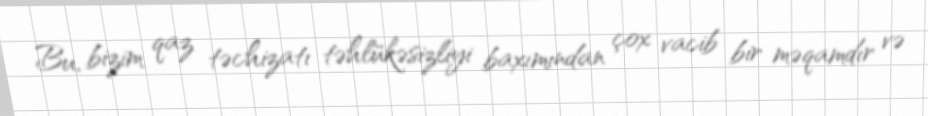
Bu, bizim qaz təchizatı təhlükəsizliyi baxımından çox vacib bir məqamdır və